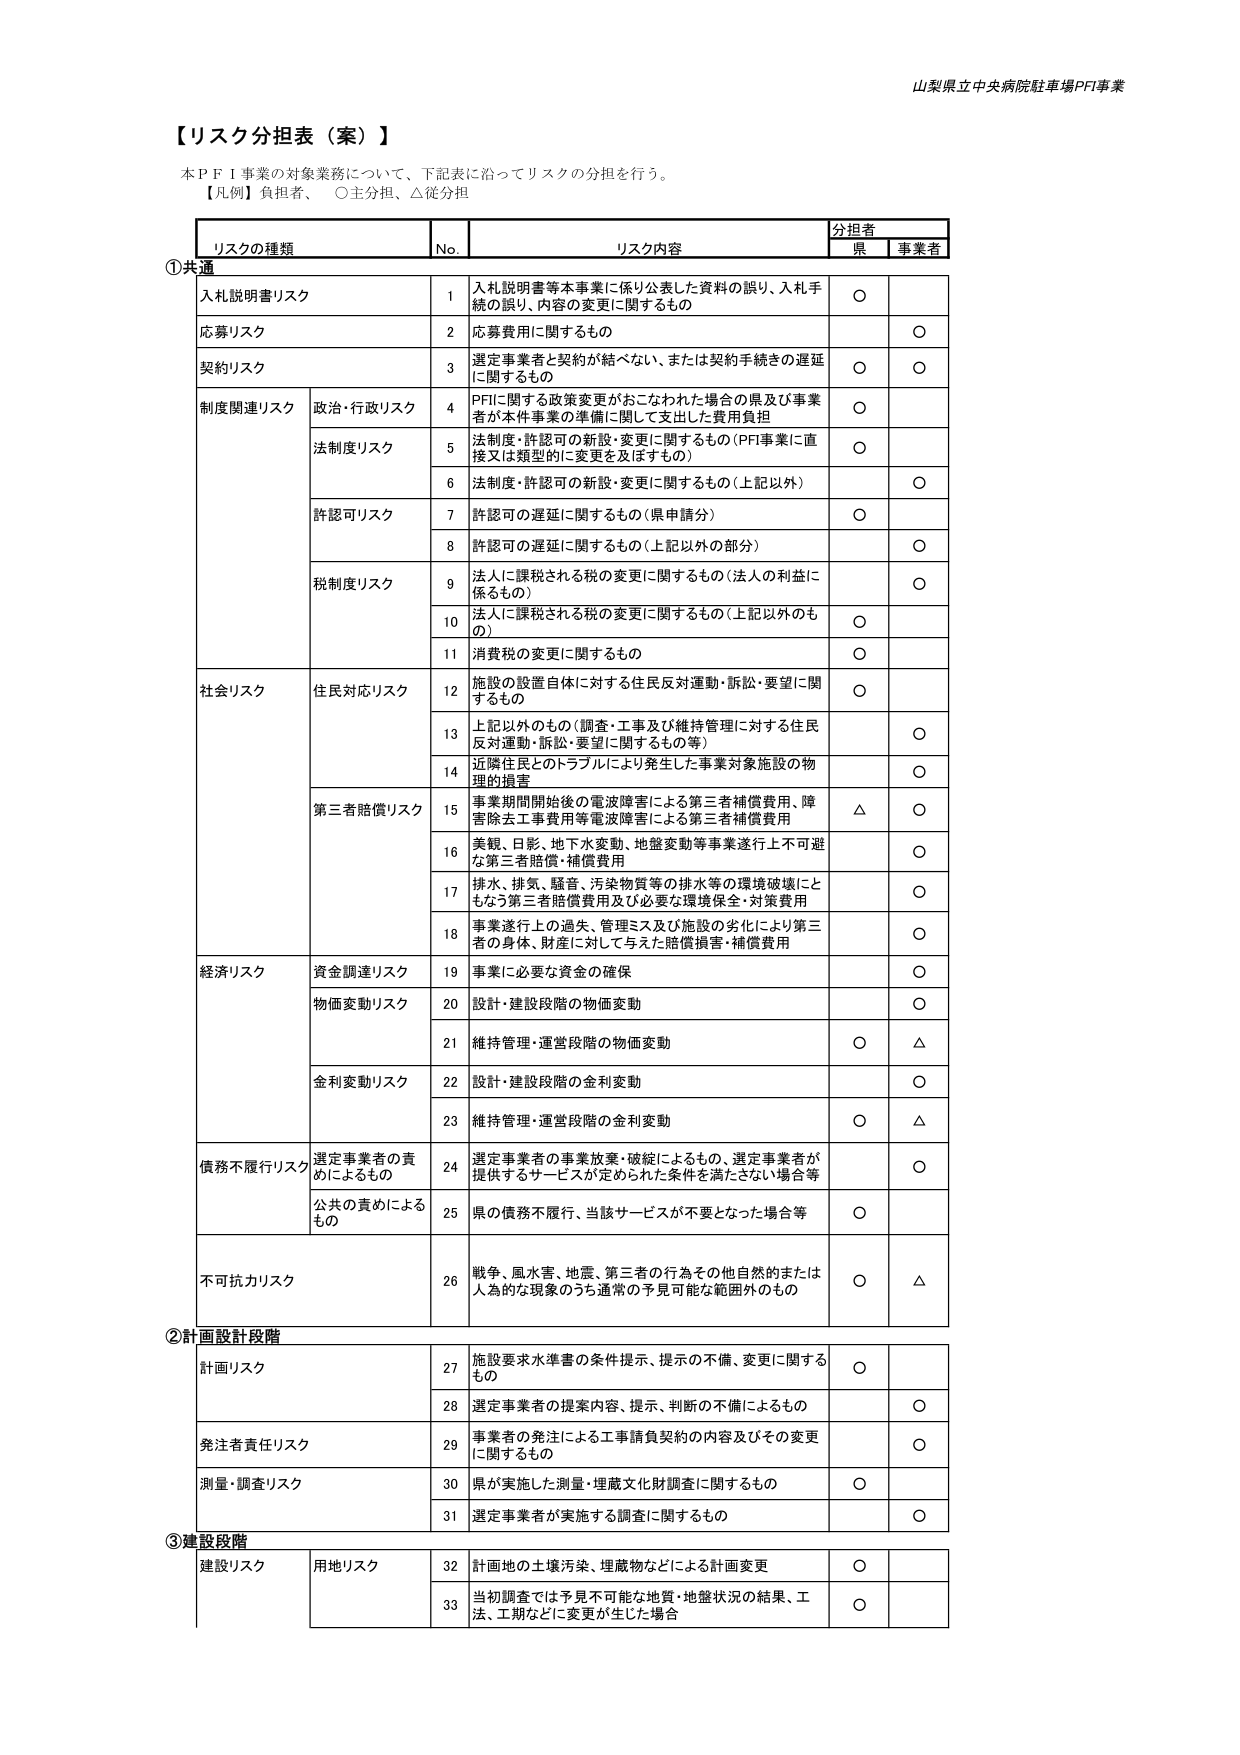
山梨県立中央病院駐車場PFI事業

【リスク分担表（案）】

本ＰＦＩ事業の対象業務について、下記表に沿ってリスクの分担を行う。
【凡例】負担者、　○主分担、△従分担

リスクの種類	No.	リスク内容	分担者
		県	事業者

①共通
入札説明書リスク	1	入札説明書等本事業に係り公表した資料の誤り、入札手続の誤り、内容の変更に関するもの	○
応募リスク	2	応募費用に関するもの		○
契約リスク	3	選定事業者と契約が結べない、または契約手続きの遅延に関するもの	○	○
制度関連リスク	政治・行政リスク	4	PFIに関する政策変更がおこなわれた場合の県及び事業者が本件事業の準備に関して支出した費用負担	○
	法制度リスク	5	法制度・許認可の新設・変更に関するもの（PFI事業に直接又は類型的に変更を及ぼすもの）	○
		6	法制度・許認可の新設・変更に関するもの（上記以外）		○
	許認可リスク	7	許認可の遅延に関するもの（県申請分）	○
		8	許認可の遅延に関するもの（上記以外の部分）		○
	税制度リスク	9	法人に課税される税の変更に関するもの（法人の利益に係るもの）		○
		10	法人に課税される税の変更に関するもの（上記以外のもの）	○
		11	消費税の変更に関するもの	○
社会リスク	住民対応リスク	12	施設の設置自体に対する住民反対運動・訴訟・要望に関するもの	○
		13	上記以外のもの（調査・工事及び維持管理に対する住民反対運動・訴訟・要望に関するもの等）		○
		14	近隣住民とのトラブルにより発生した事業対象施設の物理的損害		○
	第三者賠償リスク	15	事業期間開始後の電波障害による第三者補償費用、障害除去工事費用等電波障害による第三者補償費用	△	○
		16	美観、日影、地下水変動、地盤変動等事業遂行上不可避な第三者賠償・補償費用		○
		17	排水、排気、騒音、汚染物質等の排水等の環境破壊にともなう第三者賠償費用及び必要な環境保全・対策費用		○
		18	事業遂行上の過失、管理ミス及び施設の劣化により第三者の身体、財産に対して与えた賠償損害・補償費用		○
経済リスク	資金調達リスク	19	事業に必要な資金の確保		○
	物価変動リスク	20	設計・建設段階の物価変動		○
		21	維持管理・運営段階の物価変動	○	△
	金利変動リスク	22	設計・建設段階の金利変動		○
		23	維持管理・運営段階の金利変動	○	△
債務不履行リスク	選定事業者の責めによるもの	24	選定事業者の事業放棄・破綻によるもの、選定事業者が提供するサービスが定められた条件を満たさない場合等		○
	公共の責めによるもの	25	県の債務不履行、当該サービスが不要となった場合等	○
不可抗力リスク		26	戦争、風水害、地震、第三者の行為その他自然的または人為的な現象のうち通常の予見可能な範囲外のもの	○	△

②計画設計段階
計画リスク	27	施設要求水準書の条件提示、提示の不備、変更に関するもの	○
	28	選定事業者の提案内容、提示、判断の不備によるもの	○
発注者責任リスク	29	事業者の発注による工事請負契約の内容及びその変更に関するもの	○
測量・調査リスク	30	県が実施した測量・埋蔵文化財調査に関するもの	○
	31	選定事業者が実施する調査に関するもの	○

③建設段階
建設リスク	用地リスク	32	計画地の土壌汚染、埋蔵物などによる計画変更	○
		33	当初調査では予見不可能な地質・地盤状況の結果、工法、工期などに変更が生じた場合	○